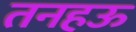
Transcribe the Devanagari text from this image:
तनहऊ